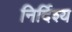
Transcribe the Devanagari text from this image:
निर्दिश्य